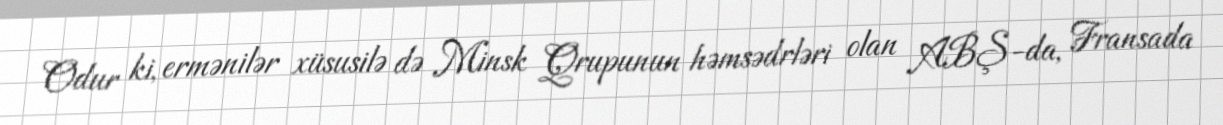
Odur ki, ermənilər xüsusilə də Minsk Qrupunun həmsədrləri olan ABŞ-da, Fransada